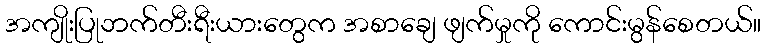
အကျိုးပြုဘက်တီးရီးယားတွေက အစာချေ ဖျက်မှုကို ကောင်းမွန်စေတယ်။